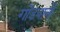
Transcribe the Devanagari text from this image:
गोंडवानी